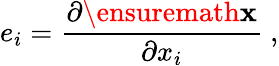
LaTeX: e_{i}=\frac{\partial\ensuremath{\mathbf{x}}}{\partial x_{i}}\ ,